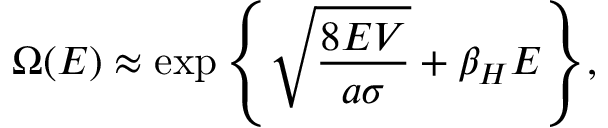
\Omega ( E ) \approx \exp { \left\{ \sqrt { \frac { 8 E V } { a \sigma } } + \beta _ { H } E \right\} } ,